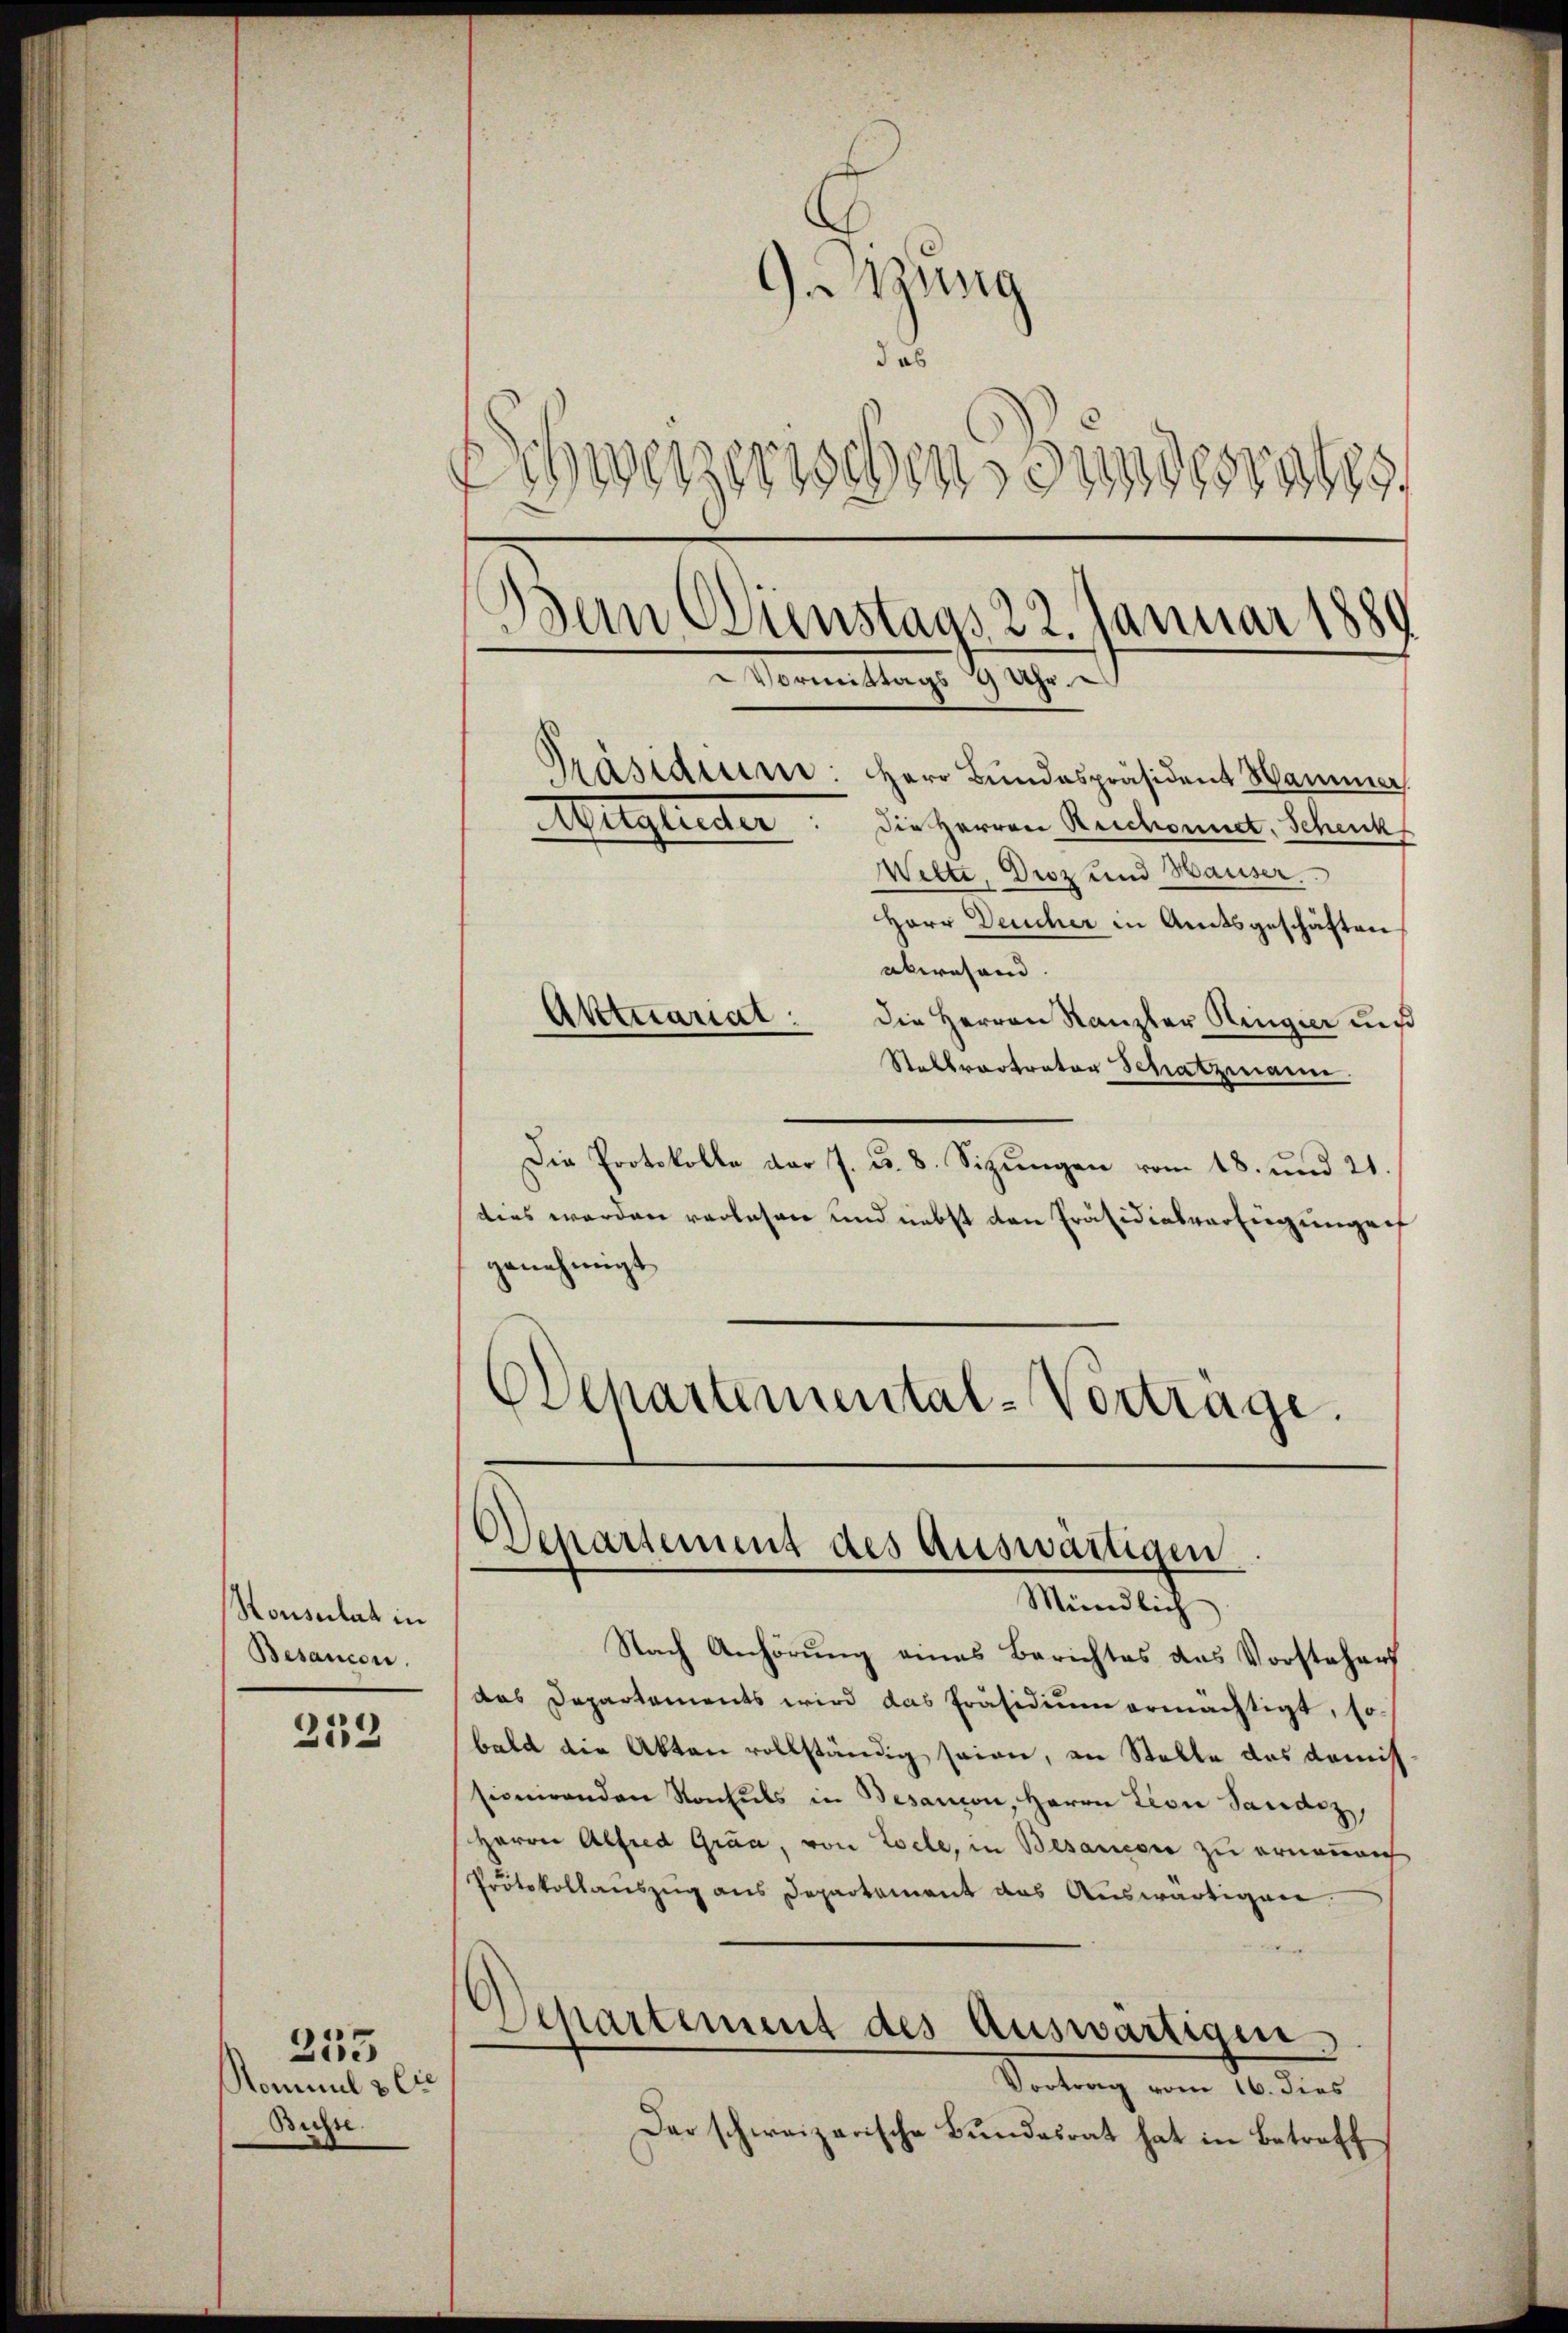
Honsulat in
Besancen

253

Kommel & Cie
Busse

253

izung
das
Schweizerischen Bundesrates
Bein Dienstags 22. Januar 1889
Vormittags 9 Uhr.
Präsidium: Herr Bŭndespräsident Hammer
Mitglieder. Die Herren Reichonnet, Schuch
Wette, Droz und Hauser.
Herr Deucher in Amtsgeschäften
abwesend. |
Aktuariat:
Die Herren Kanzler Ringier uns
Stellvertrator Schatzmann.

Die Protokolle der 7. d. 8. Sizungen vom 18. und 21
dies werden verlesen und nebst den Präsidialverfügungen
genehmigt
ODepartemental-Vortrage.

Departement des auswärtigen
Mündlich

Nach Anhörung eines Berichtes das Vorstehers
das Departements wird das Präsidium ermächtigt, so-
bald die Akten vollständig seien, an Stelle das Komis
sionirenden Kontuls in Besanion, Herrn Lion Sandez,
Herrn Alfred Gräa, von Zoele, in Besanesie zu erneuen
Protokollanszŭg ans Departement das Aŭswärtigen.
Departement des Auswärtigen.
Vortrag vom 16. dies
Der schweizerische Bundesrat hat in Betreff